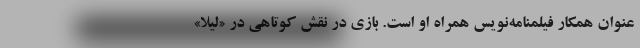
‌عنوان همکار فیلمنامه‌نویس همراه او است. بازی در نقش کوتاهی در «لیلا»